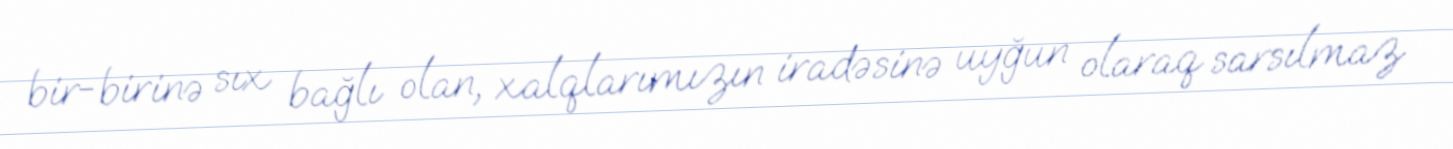
bir-birinə sıx bağlı olan, xalqlarımızın iradəsinə uyğun olaraq sarsılmaz